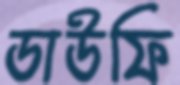
ডাউফি